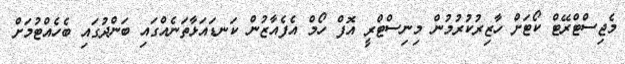
މެޖިސްޓްރޭޓް ކޯޓަށް ހާޒިރުކުރުމުން މިނިސްޓްރީ އޮފް ހޯމް އެފެއާޒުން ކަނޑައަޅާތަނެއްގައި ބަންދުގައި ބެހެއްޓުމަށް